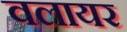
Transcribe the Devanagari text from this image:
वलायर